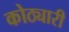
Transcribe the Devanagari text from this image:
कोठ्यारी